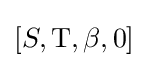
[S,\mathrm {T} ,\beta ,0]